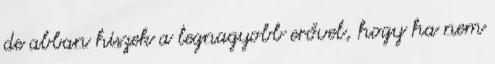
de abban hiszek a legnagyobb erővel, hogy ha nem